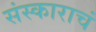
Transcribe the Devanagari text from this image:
संस्काराचं